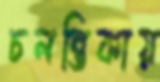
চলন্তিকায়